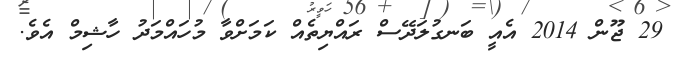
29 ޖޫން 2014 އެއީ ބަނގުލަދޭސް ރައްޔިތެއް ކަމަށްވާ މުހައްމަދު ހާޝިމް އެވެ.